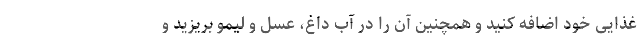
غذایی خود اضافه کنید و همچنین آن را در آب داغ، عسل و لیمو بریزید و